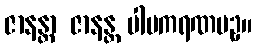
ဇာနန္တာ ဇာနန္တ ပါပကရဏပဥှ။